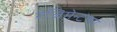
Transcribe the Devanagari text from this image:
रेजिमेन्टच्या